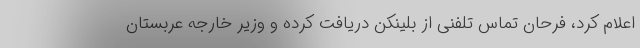
اعلام کرد، فرحان تماس تلفنی از بلینکن دریافت کرده و وزیر خارجه عربستان